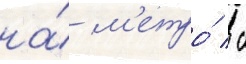
на́ м'етро́ / с